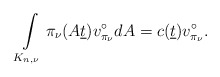
\begin{align*}\int\limits_{K_{n,\nu}}\pi_{\nu}(A\underline{t})v^\circ_{\pi_{\nu}} dA=c(\underline{t})v^\circ_{\pi_{\nu}}.\end{align*}